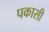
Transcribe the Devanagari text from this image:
पकासी